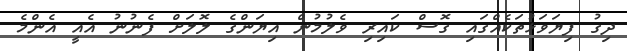
ދިގު ފިޔަވަޅުތަކެއްގައި ގޮސް ކައިރި ވެލުމުން އިޔަންގެ ލޮލަށް ފެނުނު އެއީ އެންމެ